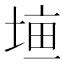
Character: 𡍠